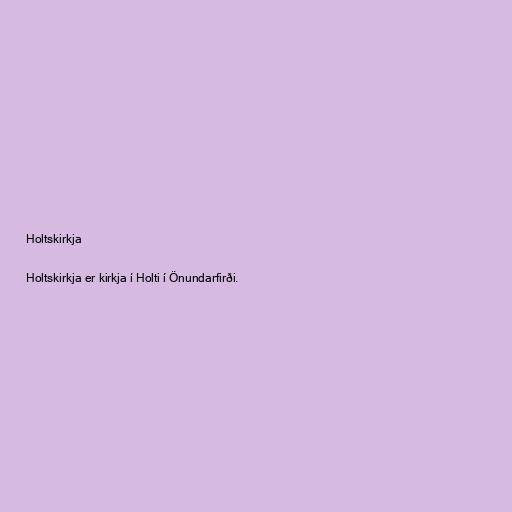
Holtskirkja

Holtskirkja er kirkja í Holti í Önundarfirði.